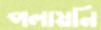
পলায়নি